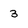
Character: 3